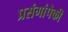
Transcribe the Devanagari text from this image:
प्रसंगांपैकी